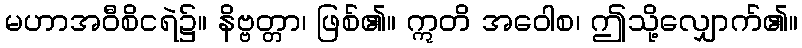
မဟာအဝီစိငရဲ၌။ နိဗ္ဗတ္တာ၊ ဖြစ်၏။ ဣတိ အဝေါစ၊ ဤသို့လျှောက်၏။